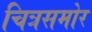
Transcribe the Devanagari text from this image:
चित्रसमोर